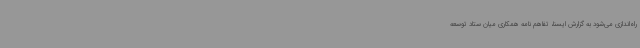
راه‌اندازی می‌شود به گزارش ایسنا، تفاهم نامه همکاری میان ستاد توسعه